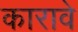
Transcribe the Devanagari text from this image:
कारावे